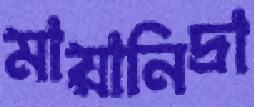
মায়ানিদ্রা